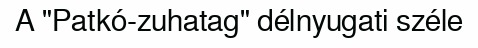
A "Patkó-zuhatag" délnyugati széle